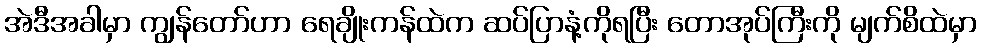
အဲဒီအခါမှာ ကျွန်တော်ဟာ ရေချိုးကန်ထဲက ဆပ်ပြာနံ့ကိုရပြီး တောအုပ်ကြီးကို မျက်စိထဲမှာ